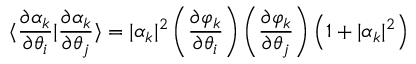
\langle \frac { \partial \alpha _ { k } } { \partial \theta _ { i } } | \frac { \partial \alpha _ { k } } { \partial \theta _ { j } } \rangle = | \alpha _ { k } | ^ { 2 } \left( \frac { \partial \varphi _ { k } } { \partial \theta _ { i } } \right) \left( \frac { \partial \varphi _ { k } } { \partial \theta _ { j } } \right) \left( 1 + | \alpha _ { k } | ^ { 2 } \right)